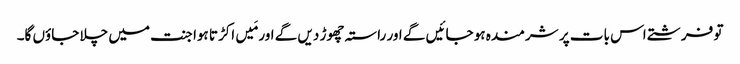
تو فرشتے اس بات پر شرمندہ ہو جائیں گے اور راستہ چھوڑ دیں گے اور مَیں اکڑتا ہوا جنت میں چلا جاؤں گا۔